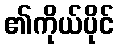
၏ကိုယ်ပိုင်